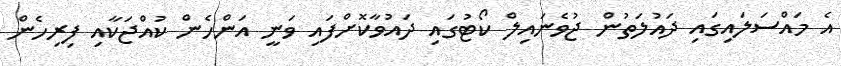
އެ މައްސަލައިގައި ދައުލަތުން ޖުވެނައިލް ކޯޓުގައި ދައުވާކޮށްފައި ވަނީ އަންހެން ކުއްޖަކާއި ފިރިހެން